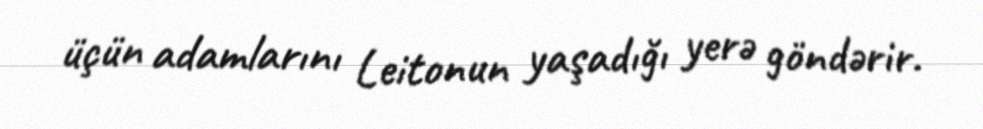
üçün adamlarını Leitonun yaşadığı yerə göndərir.